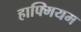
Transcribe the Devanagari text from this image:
हाफ्मियम